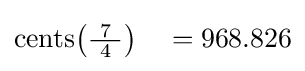
\operatorname {cents} \!\left({\tfrac {7}{\ 4\ }}\right)\quad =968.826